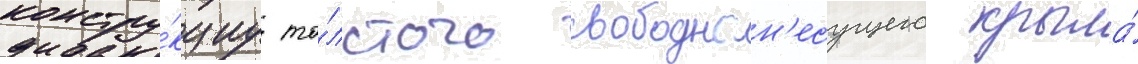
констру́кциу то́лстого свободнон'есущего крыла́